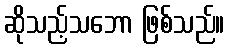
ဆိုသည့်သဘော ဖြစ်သည်။